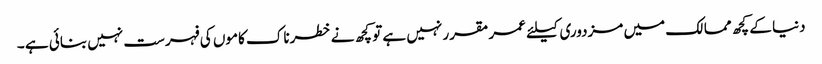
دنیا کے کچھ ممالک میں مزدوری کیلئے عمر مقرر نہیں ہے تو کچھ نے خطرناک کاموں کی فہرست نہیں بنائی ہے ۔